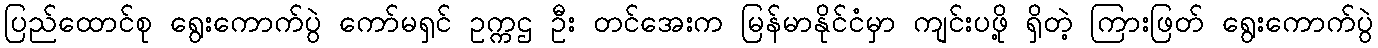
ပြည်ထောင်စု ရွေးကောက်ပွဲ ကော်မရှင် ဥက္ကဌ ဦး တင်အေးက မြန်မာနိုင်ငံမှာ ကျင်းပဖို့ ရှိတဲ့ ကြားဖြတ် ရွေးကောက်ပွဲ